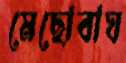
মেছোবাঘ